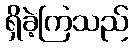
ရှိခဲ့ကြသည်